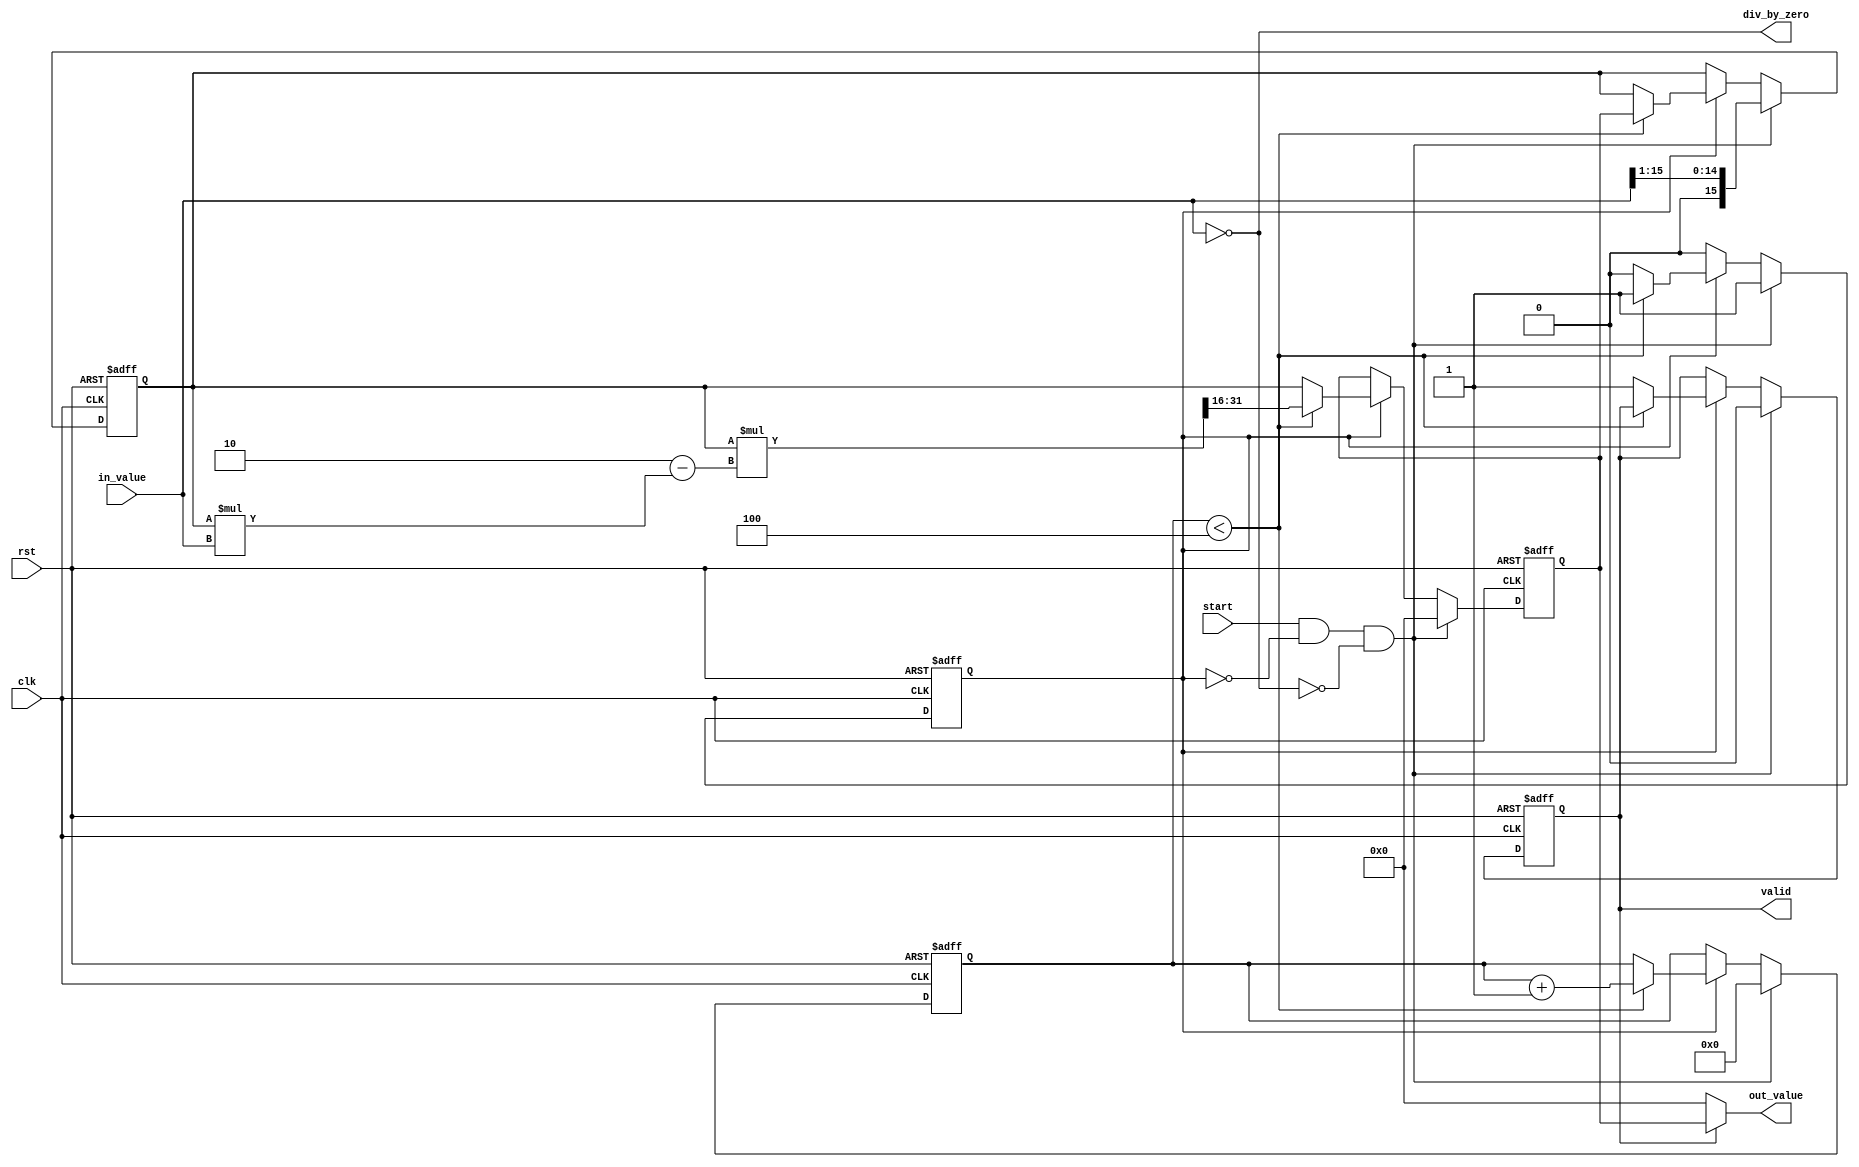
module DirectReciprocalUnit #(
    parameter WIDTH = 16,    // Input and output width
    parameter ITERATIONS = 4 // Number of iterations for Newton-Raphson
)(
    input  wire            clk,               // Clock input
    input  wire            rst,               // Reset input
    input  wire [WIDTH-1:0] in_value,       // Input value (non-zero)
    input  wire            start,             // Start signal for computation
    output wire [WIDTH-1:0] out_value,      // Computed reciprocal value
    output wire            valid,             // Output valid signal
    output wire            div_by_zero        // Division by zero flag
);

    reg [WIDTH-1:0] x;                         // Current approximation
    reg [WIDTH-1:0] r;                         // Reciprocal result
    reg [3:0] count;                           // Iteration counter
    reg busy;                                  // Busy flag
    reg valid_reg;                             // Output valid register

    // Detect division by zero
    assign div_by_zero = (in_value == 0);

    // Output assignment
    assign out_value = valid_reg ? r : {WIDTH{1'b0}};
    assign valid = valid_reg;

    // Reset and initialization
    always @(posedge clk or posedge rst) begin
        if (rst) begin
            r <= {WIDTH{1'b0}};
            x <= {WIDTH{1'b0}};
            count <= 0;
            busy <= 0;
            valid_reg <= 0;
        end else if (start && !busy && !div_by_zero) begin
            // Preprocessing: Initial Guess (Can be improved)
            x <= {1'b0, in_value[WIDTH-1:1]}; // Simple scaling to fit [0.5, 1] range
            r <= {WIDTH{1'b0}};
            count <= 0;
            busy <= 1;
            valid_reg <= 0;
        end else if (busy) begin
            if (count < ITERATIONS) begin
                // Newton-Raphson iteration: x(n+1) = x(n) * (2 - x(n) * input)
                r <= x * (2 - x * in_value) >> WIDTH; // Adjust shift for fixed-point precision
                x <= r; // Update for next iteration
                count <= count + 1;
            end else begin
                // Final output assignment
                valid_reg <= 1;
                r <= x; // Final approximation
                busy <= 0;
            end
        end
    end

endmodule